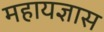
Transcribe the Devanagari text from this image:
महायज्ञास